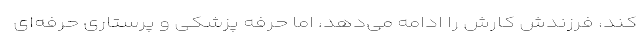
کند، فرزندش کارش را ادامه می‌دهد، اما حرفه پزشکی و پرستاری حرفه‌ای